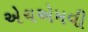
એચએમવી